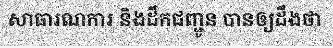
សាធារណការ និងដឹកជញ្ជូន បានឲ្យដឹងថា